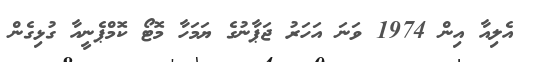
އެލިއާ އިން 1974 ވަނަ އަހަރު ޖަޕާނުގެ ޔަމަހާ މޮޓޯ ކޮމްޕެނީއާ ގުޅިގެން